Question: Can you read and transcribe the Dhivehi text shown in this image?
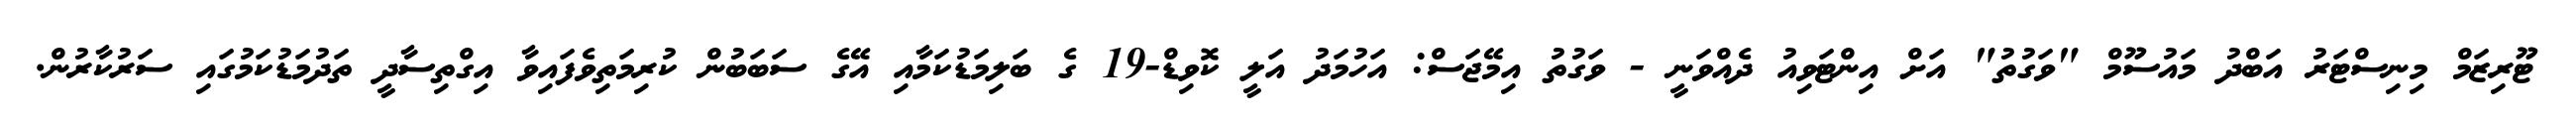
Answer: ޓޫރިޒަމް މިނިސްޓަރު އަބްދު މައުސޫމް "ވަގުތު" އަށް އިންޓަވިއު ދެއްވަނީ - ވަގުތު އިމޭޖަސް: އަހުމަދު އަލީ ކޮވިޑް-19 ގެ ބަލިމަޑުކަމާއި އޭގެ ސަބަބުން ކުރިމަތިވެފައިވާ އިގްތިސާދީ ތަދުމަޑުކަމުގައި ސަރުކާރުން.